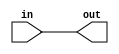
// Exercise 3-1-1-1: Wire
module Wire (
    input in,
    output out
);
    assign out = in;
endmodule